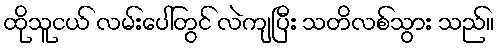
ထိုသူငယ် လမ်းပေါ်တွင် လဲကျပြီး သတိလစ်သွား သည်။